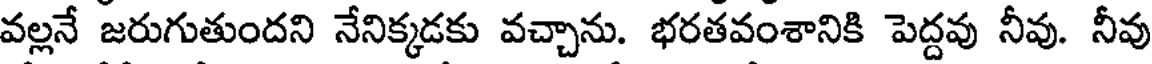
వల్లనే జరుగుతుందని నేనిక్కడకు వచ్చాను. భరతవంశానికి పెద్దవు నీవు. నీవు